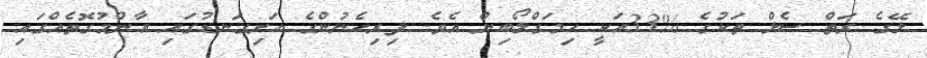
ލޭގެ ރަތް ސެލް ތަކުގެ %33އަކީ ހިމަގްލޯބިން އެވެ. ފިރިހެނުންގެ ހަށިގަނޑުގައި އާންމުގޮތެއްގައި